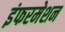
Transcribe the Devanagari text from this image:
इंफरमेशन